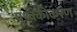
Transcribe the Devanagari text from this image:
पृथ्क्कीकरण